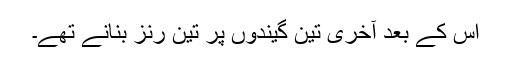
اس کے بعد آخری تین گیندوں پر تین رنز بنانے تھے۔